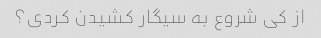
از کی شروع به سیگار کشیدن کردی؟